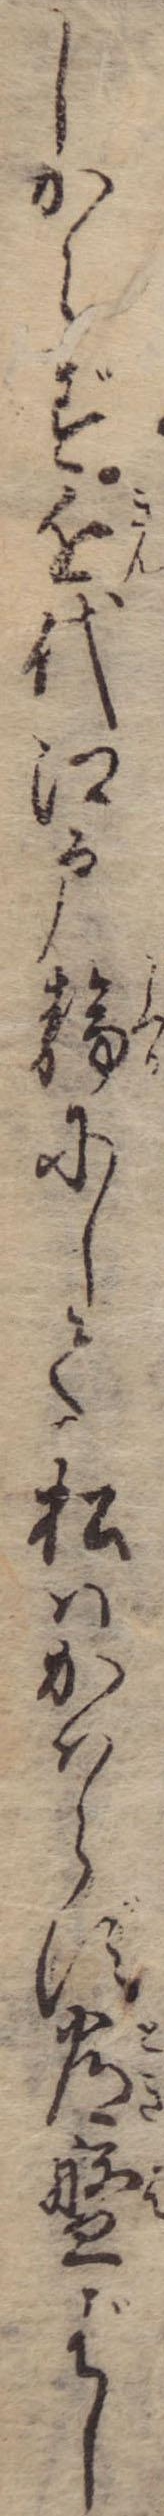
しからず近代江戸静にして松はかはらず常盤ばし